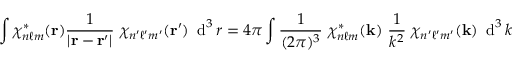
\int \chi _ { n \ell m } ^ { * } ( \mathbf { r } ) { \frac { 1 } { \left| \mathbf { r } - \mathbf { r } ^ { \prime } \right| } } ~ \chi _ { n ^ { \prime } \ell ^ { \prime } m ^ { \prime } } ( \mathbf { r } ^ { \prime } ) ~ \operatorname { d } ^ { 3 } r = 4 \pi \int { \frac { 1 } { ( 2 \pi ) ^ { 3 } } } ~ \chi _ { n \ell m } ^ { * } ( \mathbf { k } ) ~ { \frac { 1 } { k ^ { 2 } } } ~ \chi _ { n ^ { \prime } \ell ^ { \prime } m ^ { \prime } } ( \mathbf { k } ) ~ \operatorname { d } ^ { 3 } k